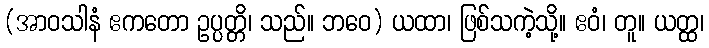
(အာဝသါနံ ဧကတော ဥပ္ပတ္တိ၊ သည်။ ဘဝေ) ယထာ၊ ဖြစ်သကဲ့သို့။ ဧဝံ၊ တူ။ ယတ္ထ၊